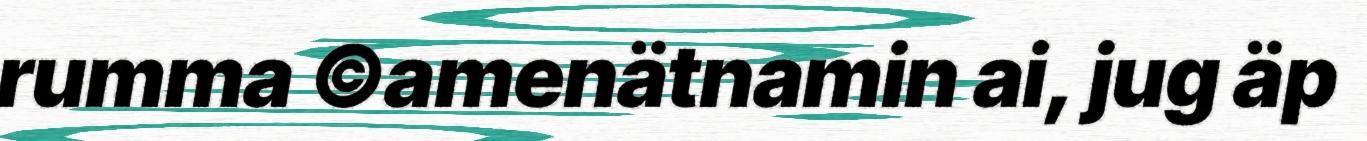
rumma ©amenätnamin ai, jug äp